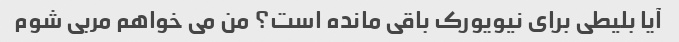
آیا بلیطی برای نیویورک باقی مانده است؟ من می خواهم مربی شوم